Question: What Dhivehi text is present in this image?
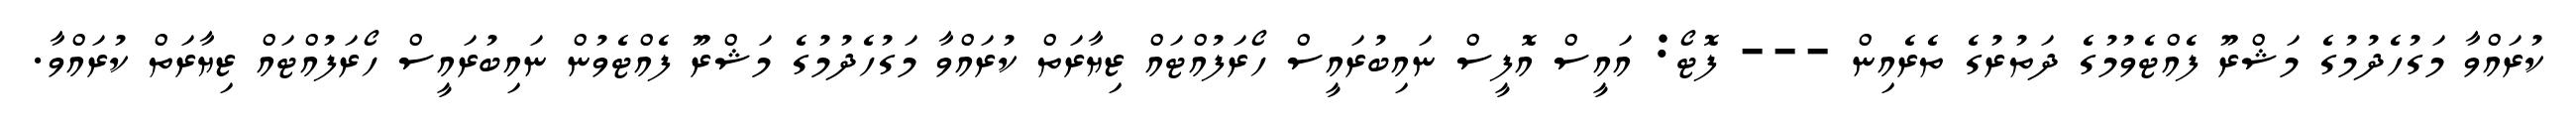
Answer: ކުރައްވާ މަގުހެދުމުގެ މަޝްރޫ ފެއްޓެވުމުގެ ދަތުރުގެ ތެރެއިން --- ފޮޓޯ: އައީސް އޮފީސް ނައިބުރައީސް ހޯރަފުއްޓައް ޒިޔާރަތް ކުރައްވާ މަގުހެދުމުގެ މަޝްރޫ ފެއްޓެވުން ނައިބުރައީސް ހޯރަފުއްޓައް ޒިޔާރަތް ކުރައްވާ.